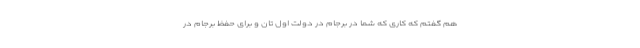
هم گفتم که کاری که شما در برجام در دولت اول تان و برای حفظ برجام در